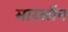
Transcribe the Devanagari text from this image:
मारलॉन